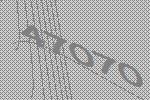
47070